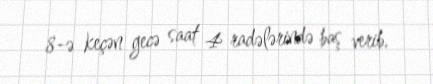
8-ə keçən gecə saat 4 radələrində baş verib.